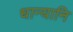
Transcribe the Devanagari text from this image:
धान्यानि